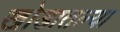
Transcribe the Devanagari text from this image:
खोडातल्या